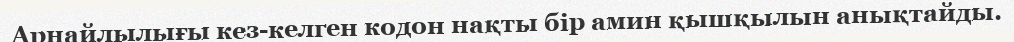
Арнайлылығы кез-келген кодон нақты бір амин қышқылын анықтайды.